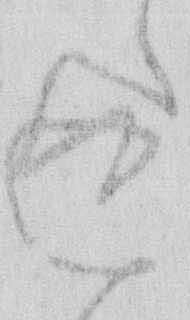
返